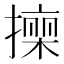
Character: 𭢠